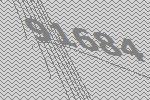
91684